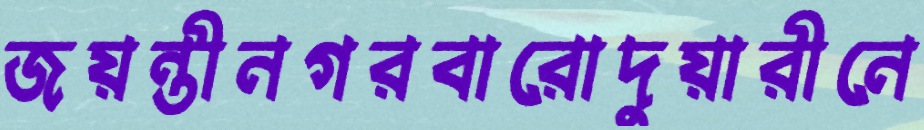
জয়ন্তীনগরবারোদুয়ারীনে